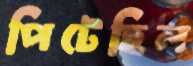
পিটেছিল